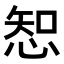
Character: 𢜔